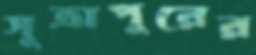
সূত্রাপুরের